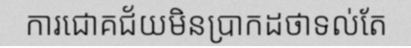
ការជោគជ័យមិនប្រាកដថាទល់តែ